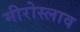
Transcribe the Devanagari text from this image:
मीरोस्लाव